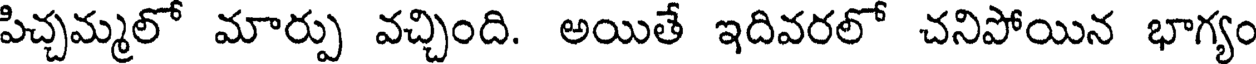
పిచ్చమ్మలో మార్పు వచ్చింది. అయితే ఇదివరలో చనిపోయిన భాగ్యం